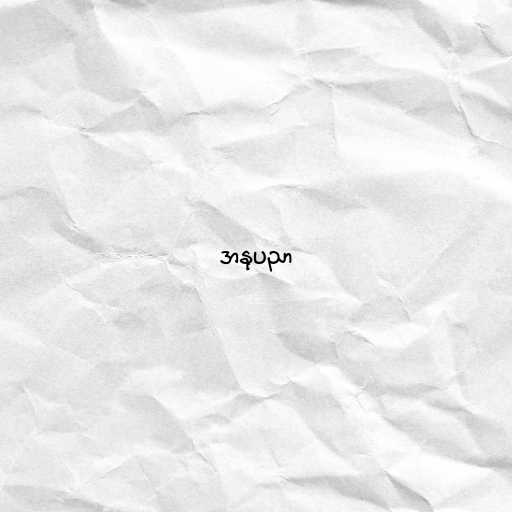
အနုပညာ